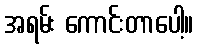
အရမ်း ကောင်းတာပေါ့။